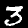
Digit: 3